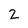
Character: 2